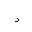
Letter: _hamza